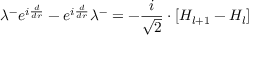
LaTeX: \lambda ^ { - } e ^ { i \frac { d } { d r } } - e ^ { i \frac { d } { d r } } \lambda ^ { - } = - \frac { i } { \sqrt { 2 } } \cdot \left[ H _ { l + 1 } - H _ { l } \right]